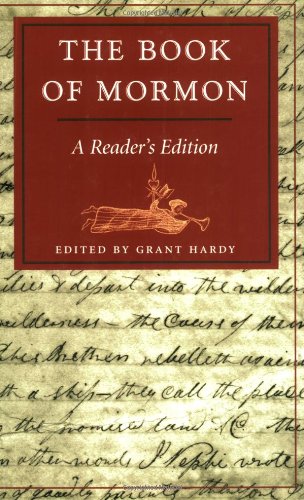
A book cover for The Book of Mormon: A Reader's Edition; Christian Books & Bibles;